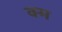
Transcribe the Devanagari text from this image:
क्म